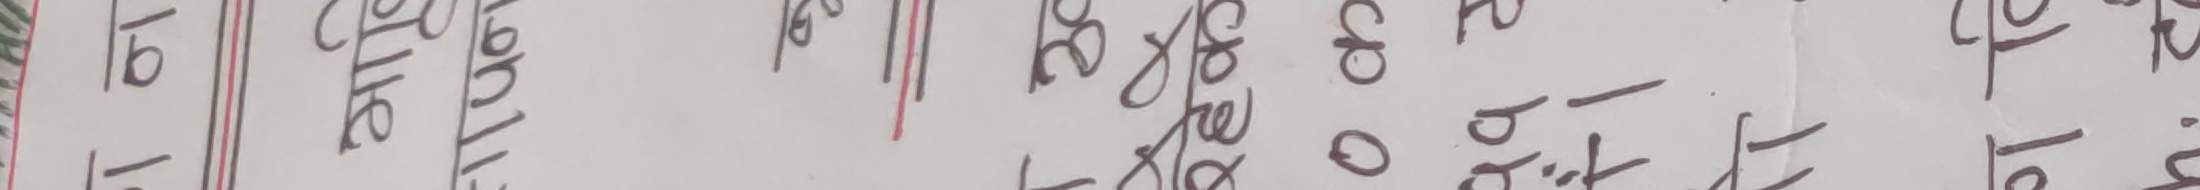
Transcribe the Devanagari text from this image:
तो य